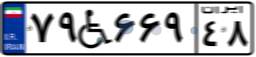
۷۹W۶۶۹۴۸